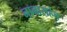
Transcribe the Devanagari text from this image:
नानासहेब